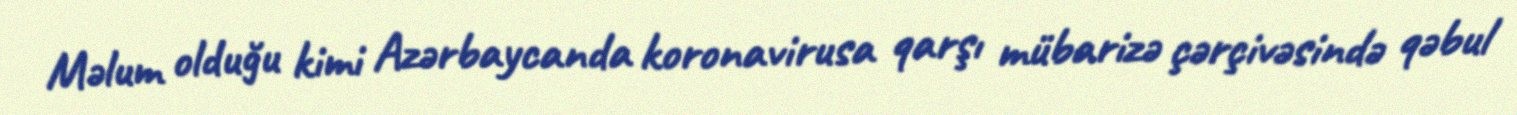
Məlum olduğu kimi Azərbaycanda koronavirusa qarşı mübarizə çərçivəsində qəbul